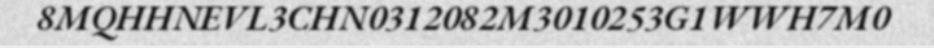
8MQHHNEVL3CHN0312082M3010253G1WWH7M0